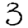
Digit: 3